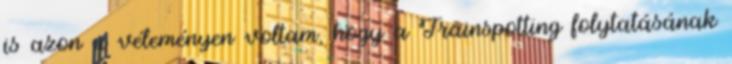
is azon a véleményen voltam, hogy a Trainspotting folytatásának